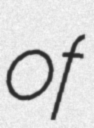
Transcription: of